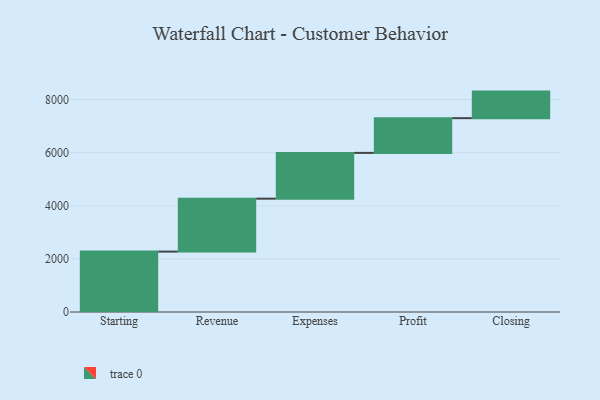
{"axis": {"x": "Step", "y": "Value"}, "legend": [""], "data": [{"x": "Starting", "y": 2274.0, "type": ""}, {"x": "Revenue", "y": 1993.0, "type": ""}, {"x": "Expenses", "y": 1724.0, "type": ""}, {"x": "Profit", "y": 1307.0, "type": ""}, {"x": "Closing", "y": 1000, "type": ""}]}